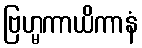
ဗြဟ္မကာယိကာနံ